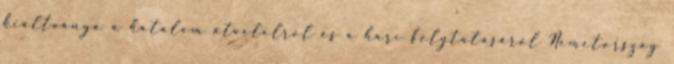
kiáltványa a hatalom átvételrõl és a harc folytatásáról Németország